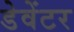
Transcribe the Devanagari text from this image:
डेवेंटर